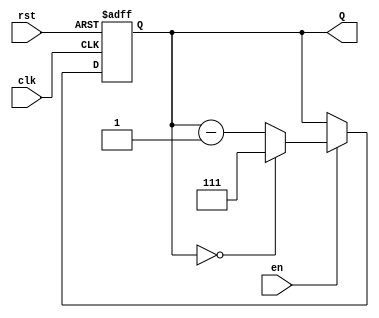
module binary_down_counter (
    input wire clk,        // Clock signal
    input wire rst,        // Asynchronous reset
    input wire en,         // Enable signal
    output reg [2:0] Q     // 3-bit output count
);

// Maximum value for a 3-bit counter is 7 (111 in binary)
localparam MAX_COUNT = 3'b111;

// Asynchronous reset and counting logic
always @(posedge clk or posedge rst) begin
    if (rst) begin
        // Reset the counter to MAX_COUNT
        Q <= MAX_COUNT;
    end else if (en) begin
        // Decrement the counter
        if (Q == 3'b000) begin
            // Wrap around to MAX_COUNT when reaching 0
            Q <= MAX_COUNT;
        end else begin
            Q <= Q - 1;
        end
    end
    // If enable is low, hold the current value of Q
end

endmodule